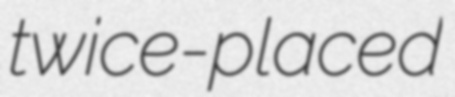
twice-placed